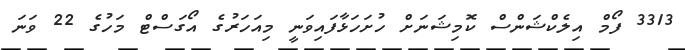
3313 ފޯމް އިލެކްޝަންސް ކޮމިޝަނަށް ހުށަހަޅާފައިވަނީ މިއަހަރުގެ އޯގަސްޓް މަހުގެ 22 ވަނަ